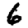
Digit: 6